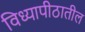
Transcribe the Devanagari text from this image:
विध्यापीठातील